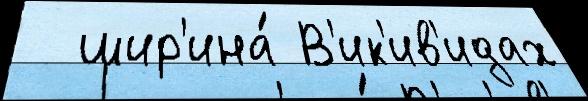
  шир'ина́ В'ик'ив'идах